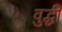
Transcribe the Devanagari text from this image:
वुद्धी